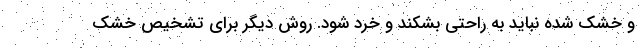
و خشک شده نباید به راحتی بشکند و خرد شود. روش دیگر برای تشخیص خشک